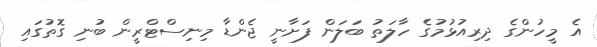
އެ މީހުންގެ ދިރިއުޅުމުގެ ހާލަތު ބަލަން ފަށާނީ ޖެންޑާ މިނިސްޓްރީން ބުނި ގޮތުގައި